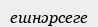
ешнәрсеге